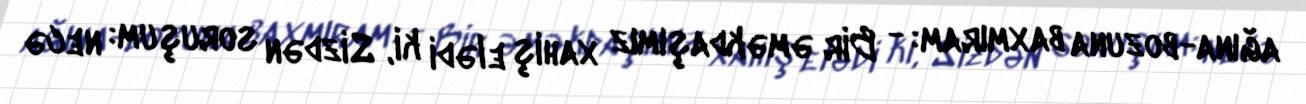
ağına-bozuna baxmıram: - Bir əməkdaşımız xahiş elədi ki, Sizdən soruşum: necə